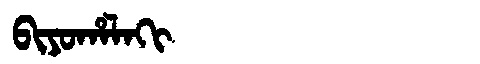
Manchu: ᠪᡳᠶᠣᡥᠠᠯᠠᡴᡳ
Romanization: BIYOHALAKI